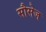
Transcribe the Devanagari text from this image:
सौसेज